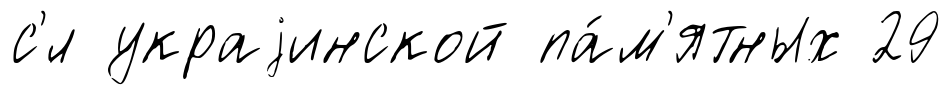
с'́л украjинской па́м'ятных 29